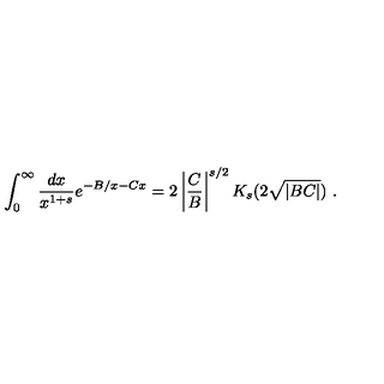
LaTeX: \int _ { 0 } ^ { \infty } \frac { d x } { x ^ { 1 + s } } e ^ { - B / x - C x } = 2 \left| \frac { C } { B } \right| ^ { s / 2 } K _ { s } ( 2 \sqrt { | B C | } ) \ .